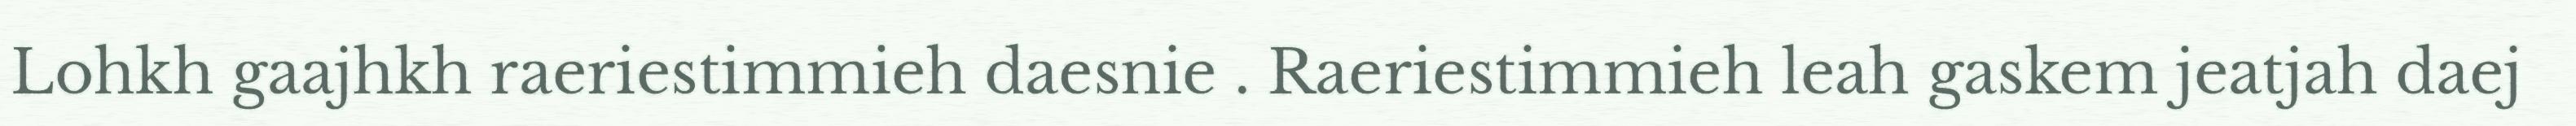
Lohkh gaajhkh raeriestimmieh daesnie . Raeriestimmieh leah gaskem jeatjah daej